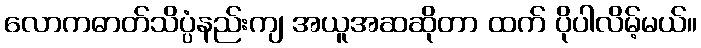
လောကဓာတ်သိပ္ပံနည်းကျ အယူအဆဆိုတာ ထက် ပိုပါလိမ့်မယ်။